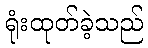
ရုံးထုတ်ခဲ့သည်